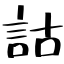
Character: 詁